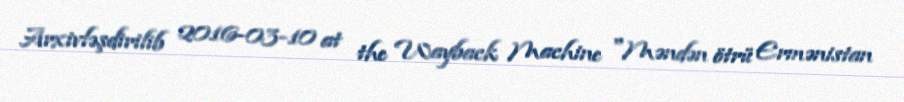
Arxivləşdirilib 2016-03-10 at the Wayback Machine "Məndən ötrü Ermənistan